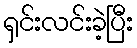
ရှင်းလင်းခဲ့ပြီး